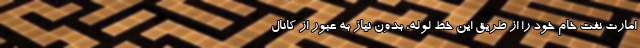
امارت نفت خام خود را از طریق این خط لوله، بدون نیاز به عبور از کانال